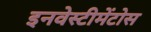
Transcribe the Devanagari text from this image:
इनवेस्टीमेंटोस